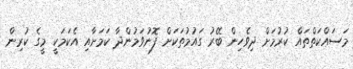
މަސައްކަތްތައް ކުރުމަށް ދިވެހިން ބޭރު ގައުމުތަކަށް ފޮނުވަމުންދާ ކަމަށާއި އެކަމަކީ މީގެ ކުރިން